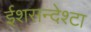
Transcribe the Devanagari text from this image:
ईशसन्देश्टा